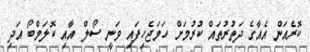
ކޮރެއަން އެއާގެ ދަތުރުތައް ކުރުމަށް ހަމަޖެހިފައި ވަނީ ސޯލް އާއި ކޮލަމްބޯ އަދި